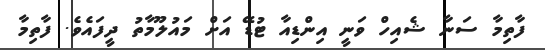
ފާތިމާ ސަނާ ޝެއިހް ވަނީ އިންޑިއާ ޓުޑޭ އަށް މައުލޫމާތު ދީފައެވެ. ފާތިމާ